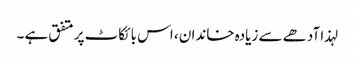
لہذا آدھے سے زیادہ خاندان ، اس بائکاٹ پر متفق ہے ۔